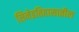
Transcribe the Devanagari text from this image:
सिनेइतिहासातील